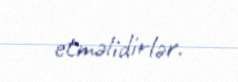
etməlidirlər.